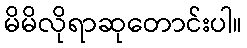
မိမိလိုရာဆုတောင်းပါ။